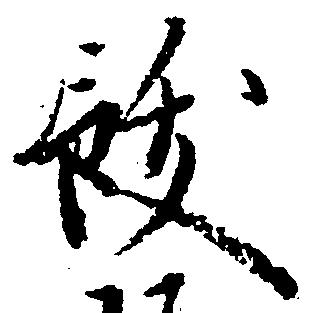
飫